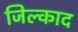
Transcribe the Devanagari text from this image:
जिल्काद